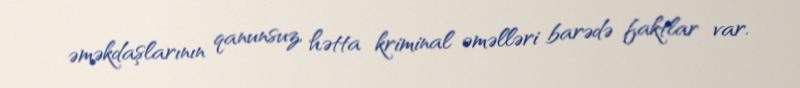
əməkdaşlarının qanunsuz, hətta kriminal əməlləri barədə faktlar var.